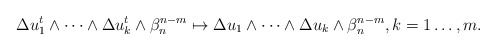
\begin{align*} \begin{aligned}\Delta u_1^t\wedge\dots\wedge\Delta u_k^t&\wedge\beta_n^{n-m}\mapsto\Delta u_1\wedge\dots\wedge\Delta u_k\wedge\beta_n^{n-m}, k=1\dots ,m.\end{aligned} \end{align*}